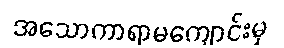
အသောကာရာမကျောင်းမှ